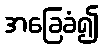
အခြေခံ၍